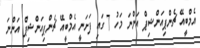
އެމްބީއޭ ޗެންޕިއަންޝިޕް އަންނަ މަހު 7 ގައި ފަށަނީ އެމްބީއޭ ޗެންޕިއަންޝިޕް އަންނަ